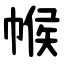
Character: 帿